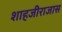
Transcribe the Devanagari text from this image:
शाहजीराजास